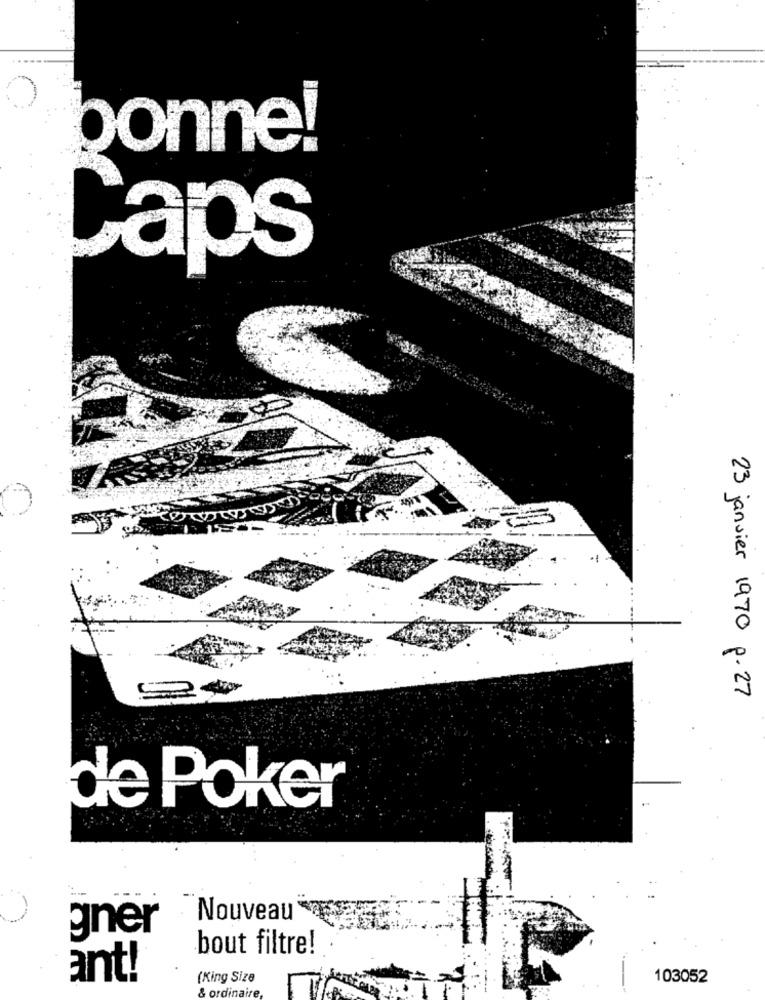
bonne!
Caps
23 janvier 1970 p. 27
de Poker
Nouveau
gner
bout filtre!
ant!
(King Size
103052
& ordinaire